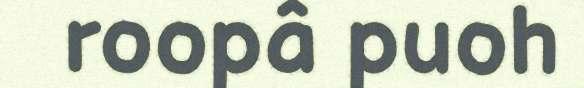
roopâ puoh